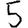
Digit: 5